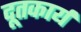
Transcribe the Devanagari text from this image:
दूतकार्य